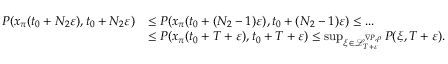
\begin{array} { r l } { P ( x _ { \pi } ( t _ { 0 } + N _ { 2 } \varepsilon ) , t _ { 0 } + N _ { 2 } \varepsilon ) } & { \le P ( x _ { \pi } ( t _ { 0 } + ( N _ { 2 } - 1 ) \varepsilon ) , t _ { 0 } + ( N _ { 2 } - 1 ) \varepsilon ) \le . . . } \\ & { \le P ( x _ { \pi } ( t _ { 0 } + T + \varepsilon ) , t _ { 0 } + T + \varepsilon ) \le \operatorname* { s u p } _ { \xi \in \mathcal L _ { T + \varepsilon } ^ { \nabla P , \rho } } P ( \xi , T + \varepsilon ) . } \end{array}